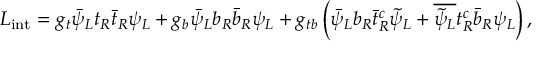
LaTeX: { \cal L } _ { \mathrm { i n t } } = g _ { t } \bar { \psi } _ { L } t _ { R } \bar { t } _ { R } \psi _ { L } + g _ { b } \bar { \psi } _ { L } b _ { R } \bar { b } _ { R } \psi _ { L } + g _ { t b } \left( \bar { \psi } _ { L } b _ { R } \bar { t } _ { R } ^ { c } \tilde { \psi } _ { L } + \overline { { { \tilde { \psi } _ { L } } } } t _ { R } ^ { c } \bar { b } _ { R } \psi _ { L } \right) ,